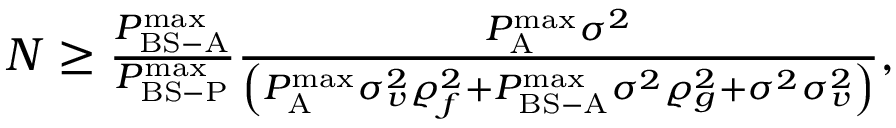
\begin{array} { r } { N \ge \frac { { P _ { { \mathrm { B S - A } } } ^ { { \operatorname* { m a x } } } } } { { P _ { { \mathrm { B S - P } } } ^ { { \operatorname* { m a x } } } } } \frac { { P _ { \mathrm { A } } ^ { { \operatorname* { m a x } } } { \sigma ^ { 2 } } } } { { \left( { P _ { \mathrm { A } } ^ { { \operatorname* { m a x } } } \sigma _ { v } ^ { 2 } \varrho _ { f } ^ { 2 } + P _ { { \mathrm { B S - A } } } ^ { { \operatorname* { m a x } } } { \sigma ^ { 2 } } \varrho _ { g } ^ { 2 } + { \sigma ^ { 2 } } \sigma _ { v } ^ { 2 } } \right) } } , } \end{array}